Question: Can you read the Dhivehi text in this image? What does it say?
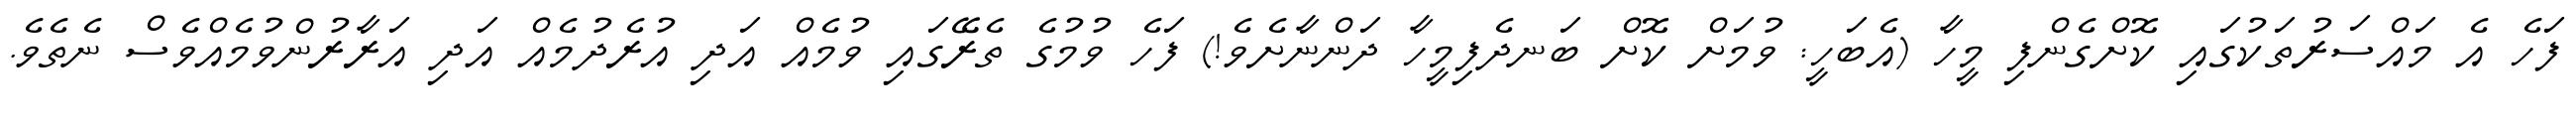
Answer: ފަހެ އެ މައްސަރުތަކުގައި ކޮށްގެންފި މީހާ (އެބަހީ: ވުމަށް ކޮށް ބަނދެފިމީހާ ދަންނާށެވެ!) ފަހެ ވުމުގެ ތެރޭގައި ވުމެއް އަދި އުރެދުމެއް އަދި އަރާރުންވުމެއްވެސް ނެތެވެ.